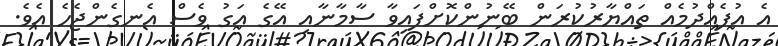
އެ އުފެއްދުމެއް ތައްޔާރުކުރަން ބޭނުންކޮށްފައިވާ ސާމާނާއި އޭގެ އަގު ވެސް އެނގެންޖެހެ އެވެ.